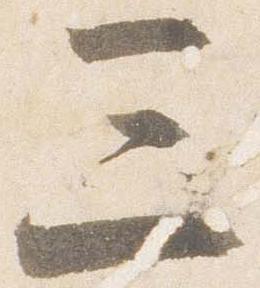
三